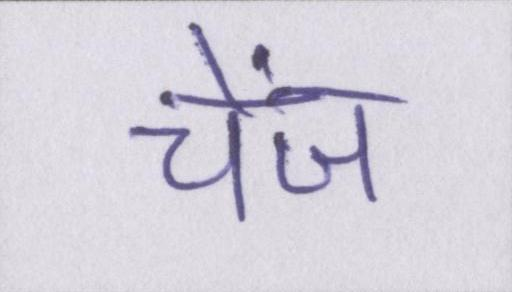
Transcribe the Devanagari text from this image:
चेंज